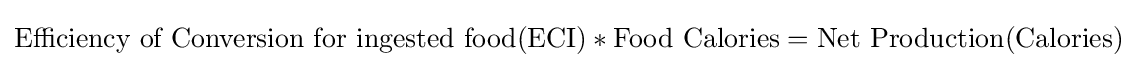
{\text{Efficiency of Conversion for ingested food(ECI)}}*{\text{Food Calories}}={\text{Net Production(Calories)}}